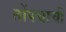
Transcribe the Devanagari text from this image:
तोंपचाची